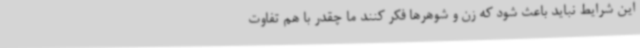
این شرایط نباید باعث شود که زن و شوهرها فکر کنند ما چقدر با هم تفاوت